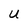
Character: U